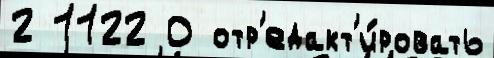
2 1122 0 отр'едакт'и́ровать